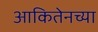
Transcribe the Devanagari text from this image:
आकितेनच्या